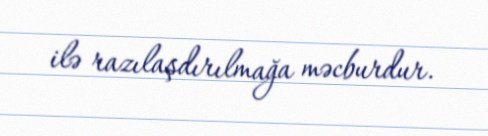
ilə razılaşdırılmağa məcburdur.